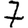
Digit: 7